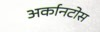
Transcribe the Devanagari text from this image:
अर्कानटोस